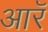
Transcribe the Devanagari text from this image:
आरॅ